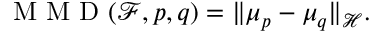
\mathrm { ~ M ~ M ~ D ~ } ( \mathcal { F } , p , q ) = \| \mu _ { p } - \mu _ { q } \| _ { \mathcal { H } } .